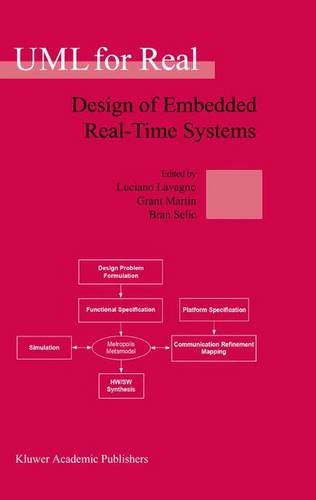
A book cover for UML for Real: Design of Embedded Real-Time Systems; Science & Math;